Leningradi_Edasi_toimetus, lk 197
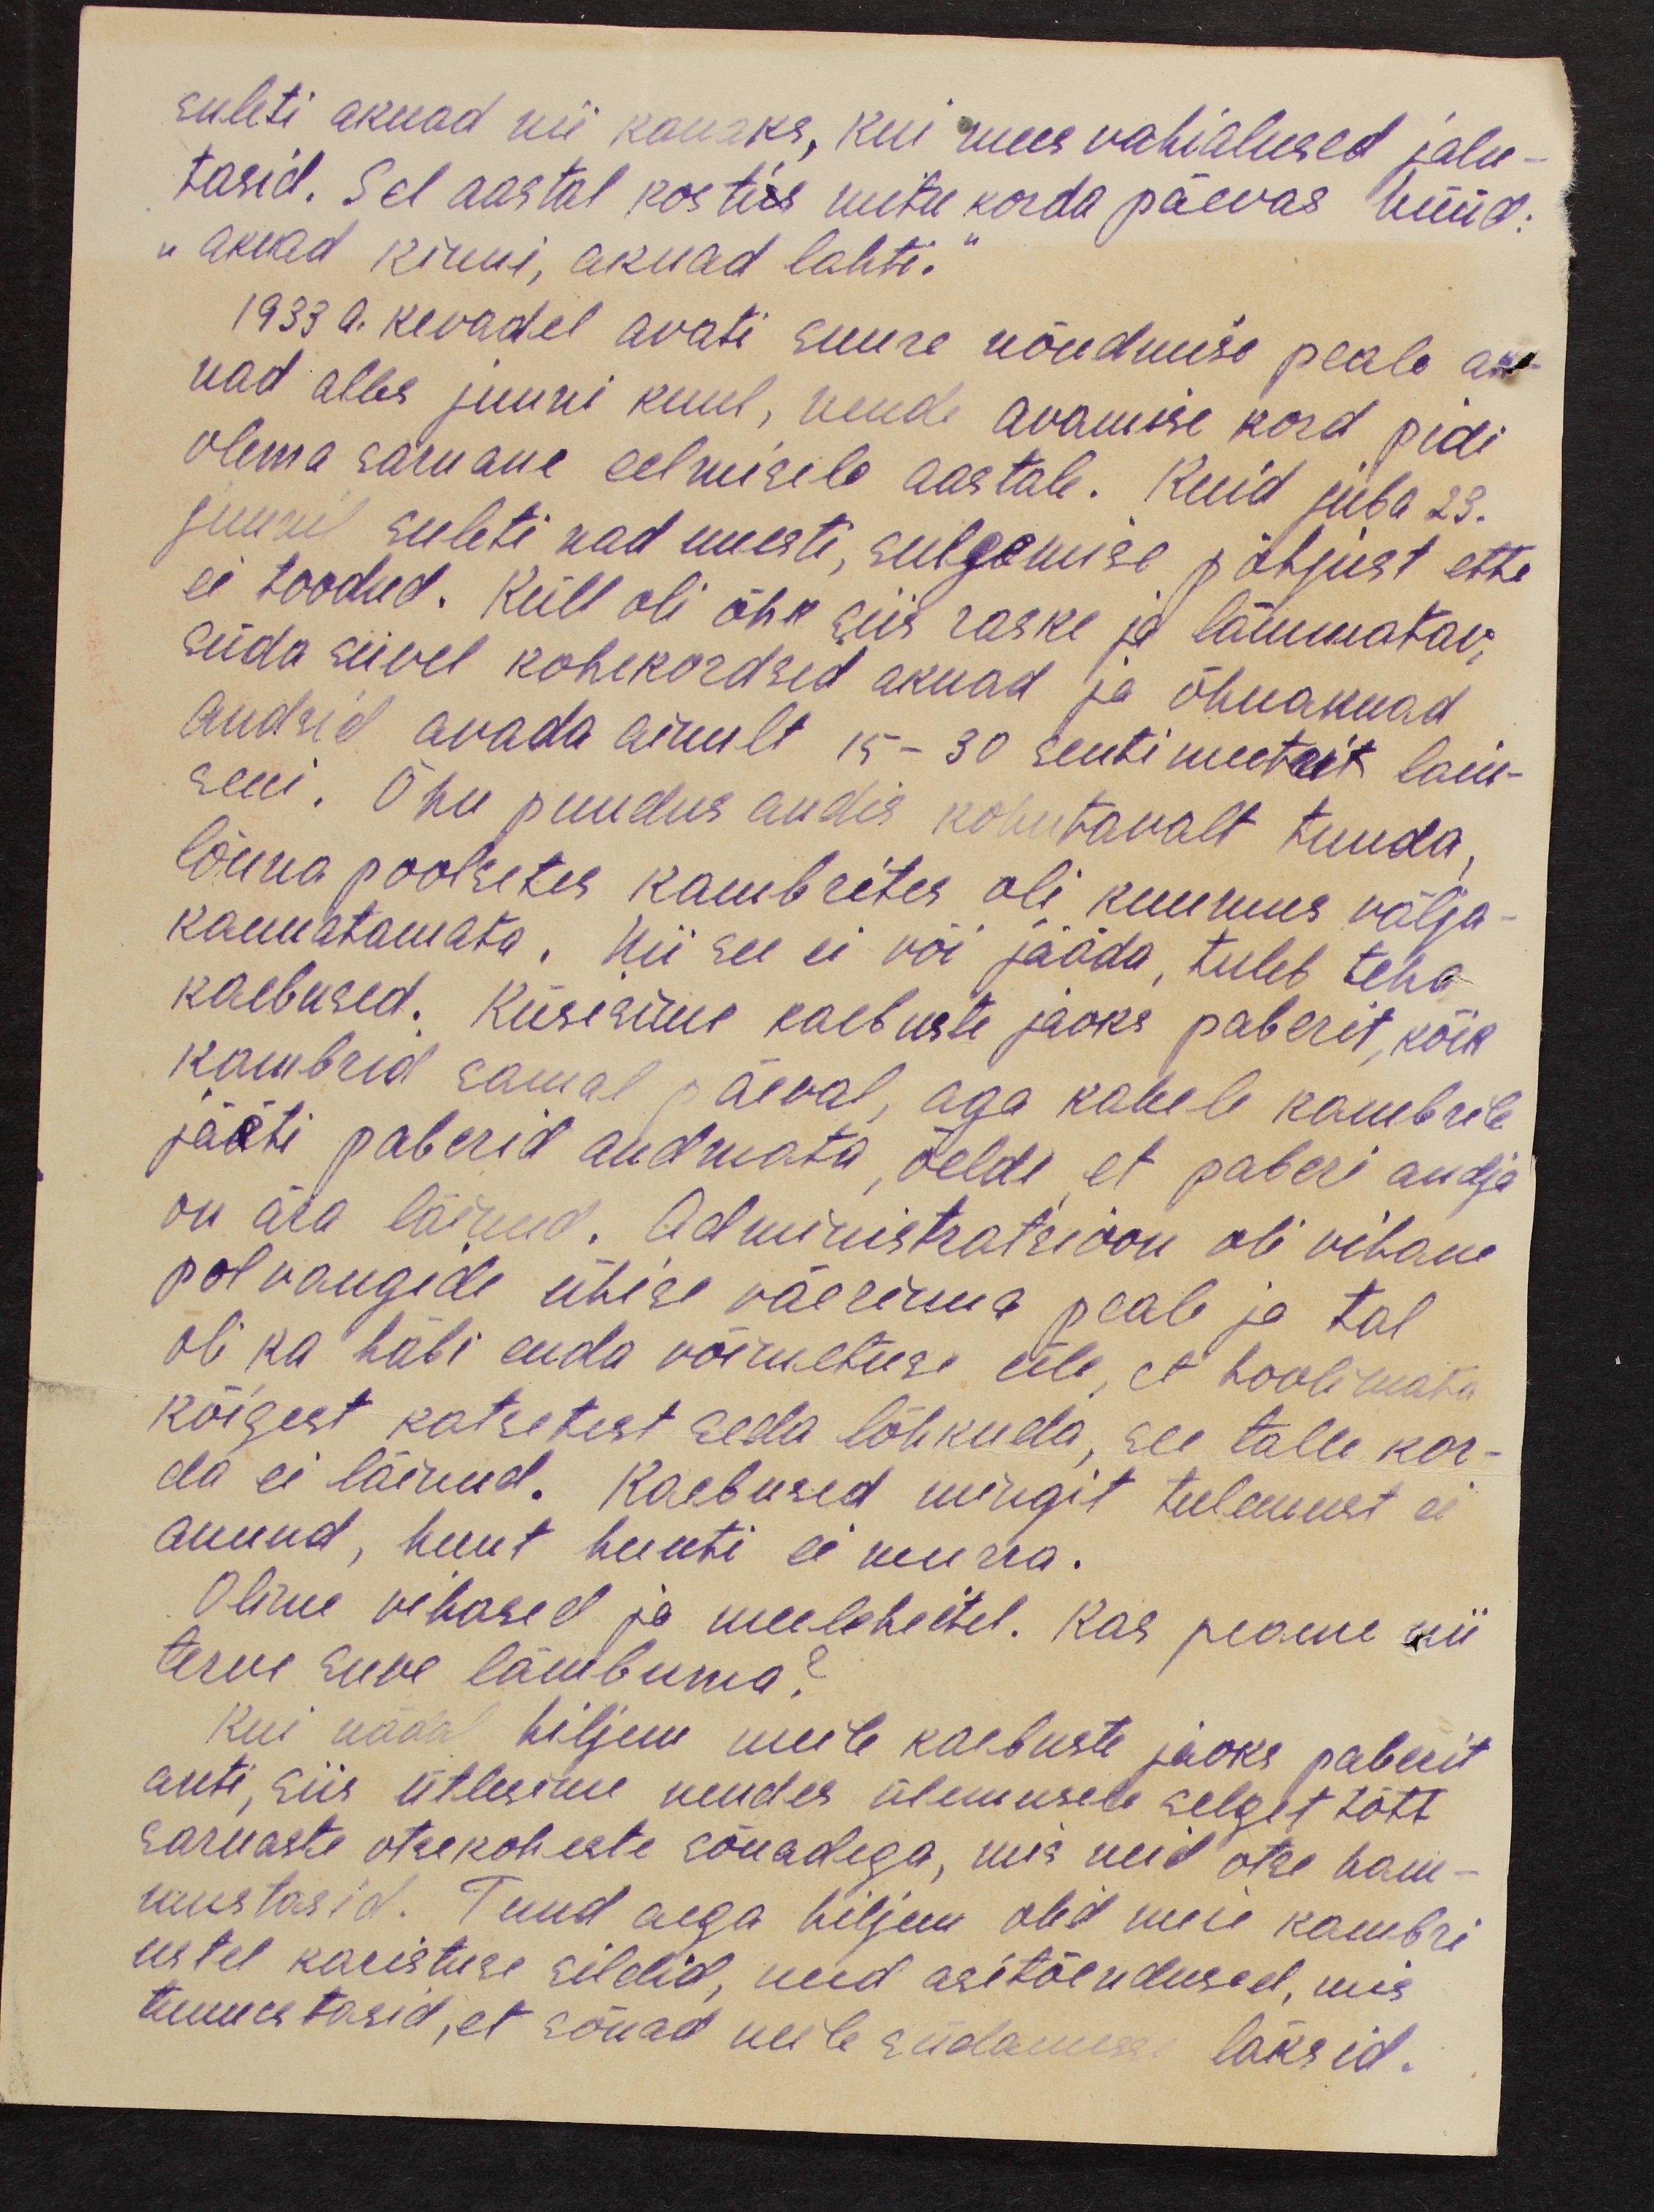
suleti aknad nii kauaks, kui mees vahialused jalu-
tasid. Sel aastal kostis mitu korda päevas hüüd:
„aknad kinni, aknad lahti.“
1933 a. kevadel avati suure nõudmise peale ak-
nad alles juuni kuul, nende avamise kord pidi
olema sarnane eelmisele aastale. Kuid juba 23.
juuni suleti nad uuesti, sulgemise põhjust ette
ei toodud. Küll oli õhk siis raske ja lämmatav,
süda suvel kohekordsed aknad ja õhuaknad
andsid avada ainult 15-30 sentimeetrit laiu-
seni. Õhu puudus andis kohutavalt tunda,
lõuna poolsetes kambrites oli kuumus välja-
kannatamata. Nii see ei või jääda, tuleb teha
kaebused. Küsisime kaebuste jaoks paberit, kõik
kambrid samal päeval, aga kahele kambrile
jääti paberid andmata, öeldi, et paberi andja
on ära läinud. Administratsioon oli vihane
polvangide ühise väerinna peale ja tal
oli ka häbi enda võimetuse üle, et hoolimata
kõigest katsetest seda lõhkuda, see talle kor-
da ei läinud. Kaebused mingit tulemust ei
annud, kuut hunti ei murra.
Olime vihased ja meeleheitel. Kas peame nii
terve suve lämbuma?
Kui nädal hiljem meile kaebuste jaoks paberit
anti, siis ütlesime nendes ülemusele selget tõtt
sarnaste otsekoheste sõnadega, mis neid otse ham-
mustasid. Tund aega hiljem olid meie kambri
ustel karistuse sildid, need asitõendused, mis
tunnistasid, et sõnad neile südamesse läksid.